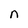
Character: n